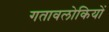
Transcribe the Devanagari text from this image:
गतावलोकियों